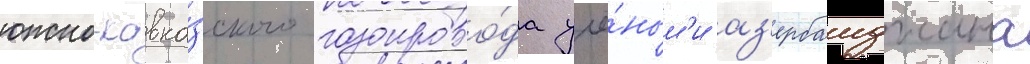
южно-кавка́зского газопрово́да учё́ным'и аз'ербаиджана